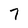
Character: 7